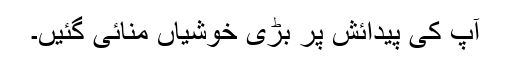
آپ کی پیدائش پر بڑی خوشیاں منائی گئیں۔